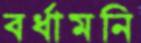
বর্ধামনি